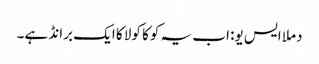
دملا ایس یو: اب یہ کوکا کولا کا ایک برانڈ ہے۔